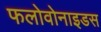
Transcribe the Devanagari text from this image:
फलोवोनाइडस